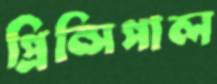
প্রিন্সিপাল